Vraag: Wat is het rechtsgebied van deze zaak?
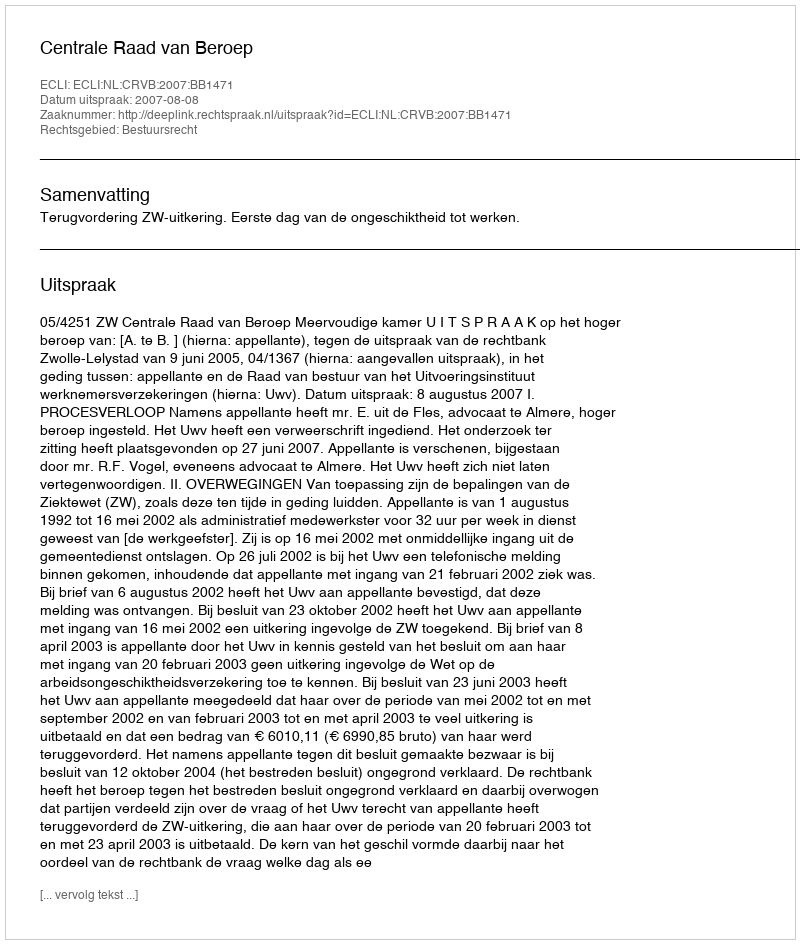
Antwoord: Bestuursrecht